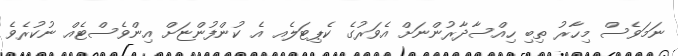
ނަމަވެސް މިހާރު ތިބި ހިއްސާދާރުންނަށް އެވަރުގެ ކެޕިޓަލެއ އެ ކުންފުންޏަށް އިންވެސްޓެއް ނުކުރެވެ